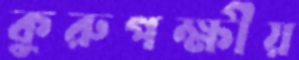
কুরুপক্ষীয়